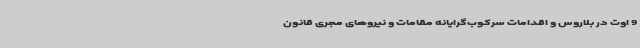
9 اوت در بلاروس و اقدامات سرکوب‌گرایانه مقامات و نیروهای مجری قانون